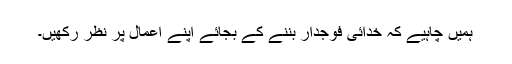
ہمیں چاہیے کہ خدائی فوجدار بننے کے بجائے اپنے اعمال پر نظر رکھیں۔